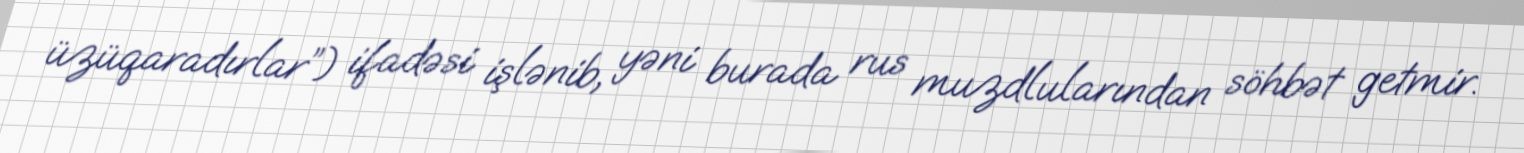
üzüqaradırlar”) ifadəsi işlənib, yəni burada rus muzdlularından söhbət getmir.